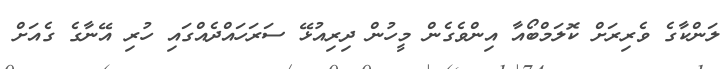
ލަންކާގެ ވެރިރަށް ކޮލަމްބޯއާ އިންވެގެން މީހުން ދިރިއުޅޭ ސަރަހައްދެއްގައި ހުރި އޭނާގެ ގެއަށް